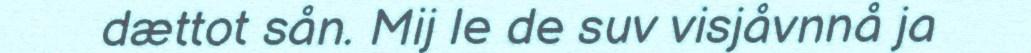
dættot sån. Mij le de suv visjåvnnå ja